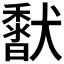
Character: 𩡍